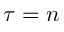
\tau = n